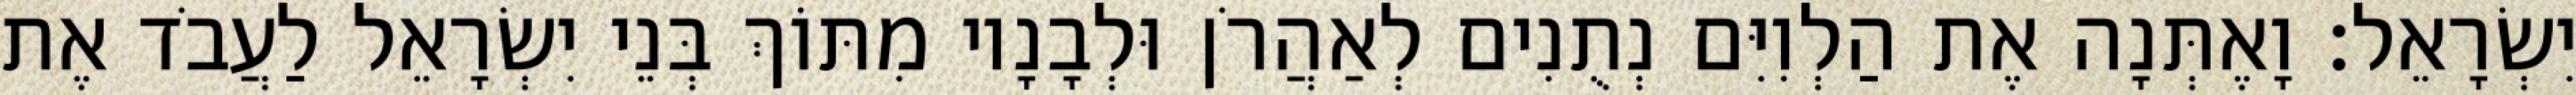
יִשְׂרָאֵל׃ וָאֶתְּנָה אֶת הַלְוִיִּם נְתֻנִים לְאַהֲרֹן וּלְבָנָיו מִתּוֹךְ בְּנֵי יִשְׂרָאֵל לַעֲבֹד אֶת